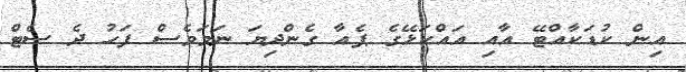
އިން ކުޑަކާއްޓޭ އާއި އައްކަޅޭގެ ޕެއާ ގެންދިޔަ ނަމަވެސް ފަހު ދެ ސެޓް